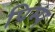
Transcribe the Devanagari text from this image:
पिम्प